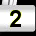
Digit: 2